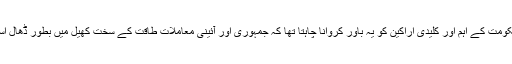
اس بیان کے ذریعے میں حکومت کے اہم اور کلیدی اراکین کو یہ باور کروانا چاہتا تھا کہ جمہوری اور آئینی معاملات طاقت کے سخت کھیل میں بطور ڈھال استعمال نہیں کیے جا سکتے۔